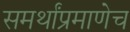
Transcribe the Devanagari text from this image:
समर्थांप्रमाणेच